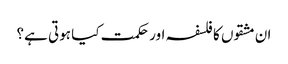
ان مشقوں کا فلسفہ اور حکمت کیا ہوتی ہے؟